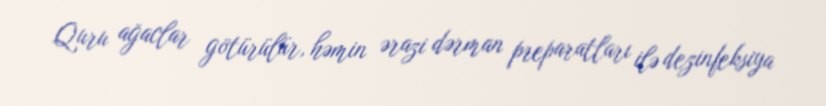
Quru ağaclar götürülür, həmin ərazi dərman preparatları ilə dezinfeksiya